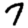
Digit: 7